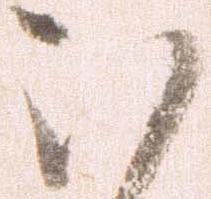
ほ